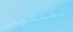
تقتليني